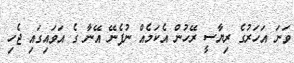
ވަނަ އަހަރުގެ ރިޔާސީ ރޭހުން އެކަމެއް ނުފެނޭ އޭނާ ގެ އަވައިގައި ޖެހި